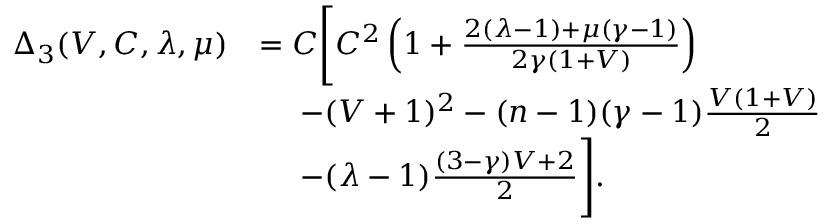
\begin{array} { r l } { \Delta _ { 3 } ( V , C , \lambda , \mu ) } & { = C \Bigg [ C ^ { 2 } \left( 1 + \frac { 2 ( \lambda - 1 ) + \mu ( \gamma - 1 ) } { 2 \gamma ( 1 + V ) } \right) } \\ & { \ \ \ \ - ( V + 1 ) ^ { 2 } - ( n - 1 ) ( \gamma - 1 ) \frac { V ( 1 + V ) } { 2 } } \\ & { \ \ \ \ - ( \lambda - 1 ) \frac { ( 3 - \gamma ) V + 2 } { 2 } \Bigg ] . } \end{array}